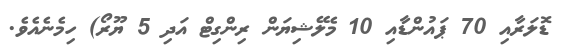
ޑޮލަރާއި 70 ޕައުންޑާއި 10 މެލޭޝިޔަން ރިންގިޓް އަދި 5 ޔޫރޯ) ހިމެނެއެވެ.